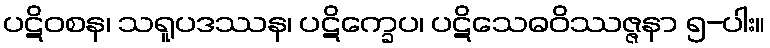
ပဋိဝစန၊ သရူပဒဿန၊ ပဋိက္ခေပ၊ ပဋိသေဓဝိဿဇ္ဇနာ ၅-ပါး။